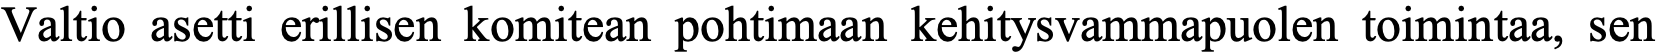
Valtio asetti erillisen komitean pohtimaan kehitysvammapuolen toimintaa, sen